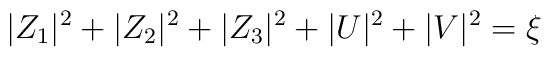
|Z_1|^2 + |Z_2|^2 + |Z_3|^2 +|U|^2 + |V|^2 = \xi